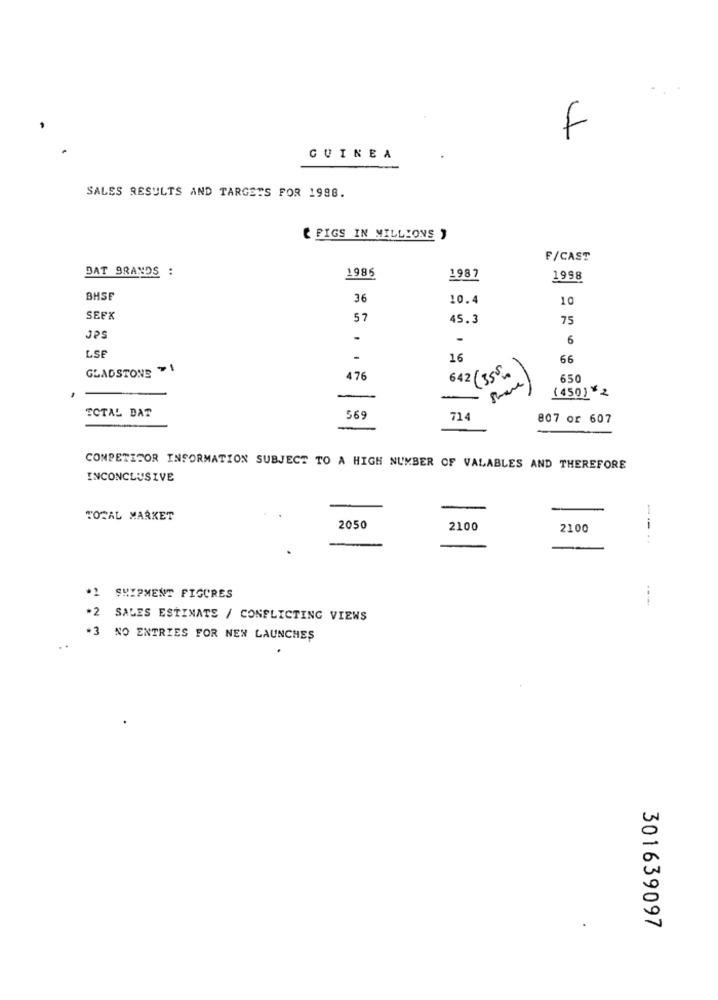
F
GUINEA
SALES RESULTS AND TARGETS FOR 1988.
( FIGS IN MILLIONS "
F/CAST
DAT BRANDS :
..
1985
1987
1998
BHSF
36
10.4
10
SEFK
57
45.3
75
JPS
.
6
LSE
16
66
GLADSTONE - 1
4 76
642 (355.
650
-
(450) $ 2
TOTAL DAT
569
71
807 or 607
COMPETITOR INFORMATION SUBJECT TO A HIGH NUMBER OF VALABLES AND THEREFORE
INCONCLUSIVE
TOTAL MARKET
2050
2100
2100
--..
*2 SHIPMENT FIGURES
*2 SALES ESTIMATE / CONFLICTING VIEWS
·3
NO ENTRIES FOR NEW LAUNCHES
301639097